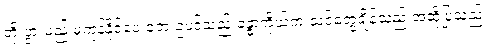
တိုးပွားမည့် မကုန်နိုင်ပေ ဘေးဥပဒ်သည် ခန္ဓာကိုယ်က သင်တွေ့ချိန်သည် အဆိုပြုသည့်